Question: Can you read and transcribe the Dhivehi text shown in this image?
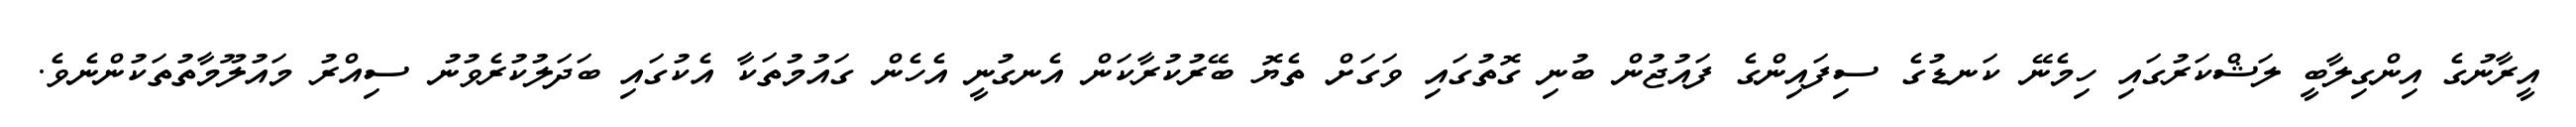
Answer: އީރާނުގެ އިންގިލާބީ ލަޝްކަރުގައި ހިމެނޭ ކަނޑުގެ ސިފައިންގެ ފައުޖުން ބުނި ގޮތުގައި ވަގަށް ތެޔޮ ބޭރުކުރާކަން އެނގުނީ އެހެން ގައުމުތަކާ އެކުގައި ބަދަލުކުރެވުނު ސިއްރު މައުލޫމާތުތަކުންނެވެ.